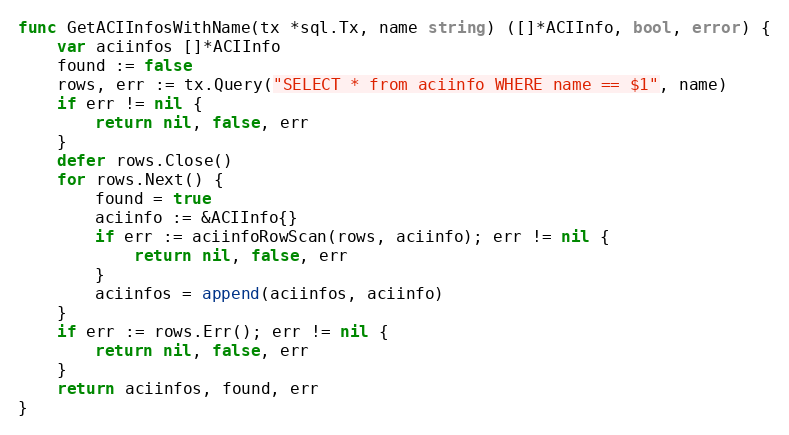
Language: Go
func GetACIInfosWithName(tx *sql.Tx, name string) ([]*ACIInfo, bool, error) {
	var aciinfos []*ACIInfo
	found := false
	rows, err := tx.Query("SELECT * from aciinfo WHERE name == $1", name)
	if err != nil {
		return nil, false, err
	}
	defer rows.Close()
	for rows.Next() {
		found = true
		aciinfo := &ACIInfo{}
		if err := aciinfoRowScan(rows, aciinfo); err != nil {
			return nil, false, err
		}
		aciinfos = append(aciinfos, aciinfo)
	}
	if err := rows.Err(); err != nil {
		return nil, false, err
	}
	return aciinfos, found, err
}